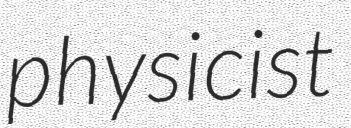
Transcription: physicist